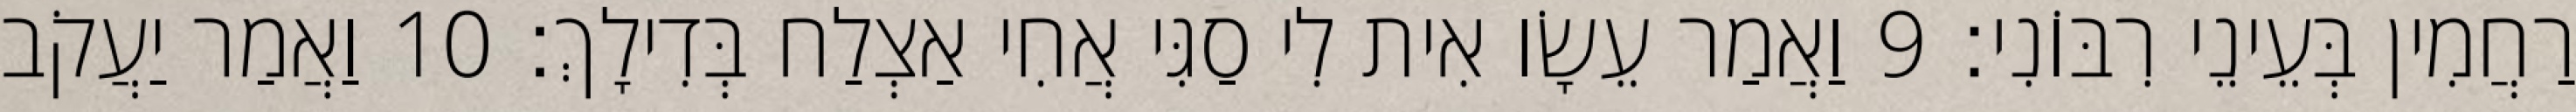
רַחֲמִין בְּעֵינֵי רִבּוֹנִי׃ 9 וַאֲמַר עֵשָׂו אִית לִי סַגִּי אֲחִי אַצְלַח בְּדִילָךְ׃ 10 וַאֲמַר יַעֲקֹב